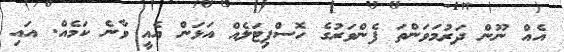
އެއް ނޫން ދަރުމަވަންތަ ފެންވަރުގެ ހޮސްޕިޓަލެއް އަޅަން އެއީ ވާނެ ކަމެއް. އައި